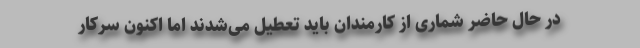
در حال حاضر شماری از کارمندان باید تعطیل می‌شدند اما اکنون سرکار